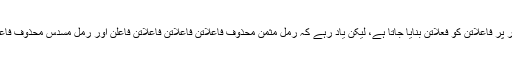
ان مثالوں سے یہ بات بھی واضح ہوتی ہے کہ عام طور پر فاعلاتن کو فعلاتن بنایا جاتا ہے، لیکن یاد رہے کہ رمل مثمن محذوف فاعلاتن فاعلاتن فاعلاتن فاعلن اور رمل مسدس محذوف فاعلاتن فاعلاتن فاعلن میں اس تبدیلی کی اجازت نہیں ہے۔